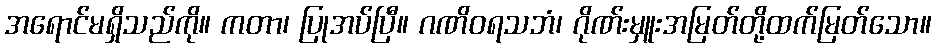
အရောင်မရှိသည်ကို။ ကတာ၊ ပြုအပ်ပြီ။ ဂဏိဝရသဘံ၊ ဂိုဏ်းမှူးအမြတ်တို့ထက်မြတ်သော။